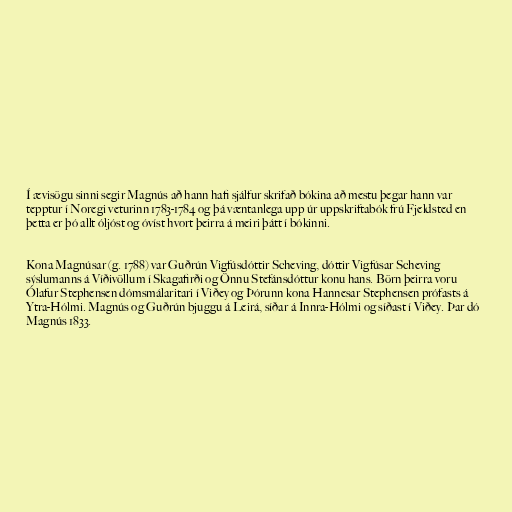
Í ævisögu sinni segir Magnús að hann hafi sjálfur skrifað bókina að mestu þegar hann var
tepptur í Noregi veturinn 1783-1784 og þá væntanlega upp úr uppskriftabók frú Fjeldsted en
þetta er þó allt óljóst og óvíst hvort þeirra á meiri þátt í bókinni.

Kona Magnúsar (g. 1788) var Guðrún Vigfúsdóttir Scheving, dóttir Vigfúsar Scheving
sýslumanns á Víðivöllum í Skagafirði og Önnu Stefánsdóttur konu hans. Börn þeirra voru
Ólafur Stephensen dómsmálaritari í Viðey og Þórunn kona Hannesar Stephensen prófasts á
Ytra-Hólmi. Magnús og Guðrún bjuggu á Leirá, síðar á Innra-Hólmi og síðast í Viðey. Þar dó
Magnús 1833.